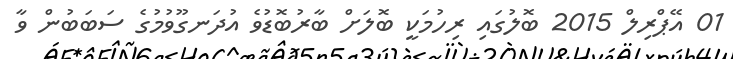
01 އޭޕްރިލް 2015 ބޮލުގައި ރިހުމަކީ ބޮލަށް ބާރުބޮޑުވެ އުދަނގޫވުމުގެ ސަބަބުން ވާ